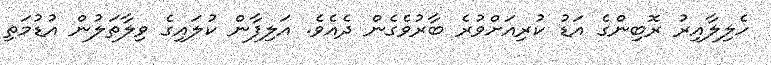
ހެލިލާއިރު ރޮބިންގެ އަޑު ކުރިއަށްވުރެ ބާރުވެގެން ދެއެވެ. އަލިފާން ކުލައިގެ ވިލާތަލުން އުޑުމަތި